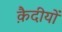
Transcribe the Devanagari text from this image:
क़ैदीयों